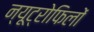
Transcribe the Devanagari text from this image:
न्यूट्रोफिलों